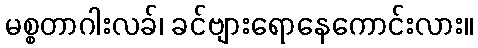
မစ္စတာဂါးလခ်၊ ခင်ဗျားရောနေကောင်းလား။